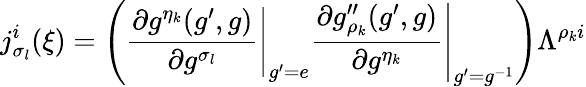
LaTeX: j_{\sigma_{l}}^{i}(\xi)=\left(\left.\frac{\partial g^{\eta_{k}}(g^{\prime},g)}{\partial g^{\sigma_{l}}}\right|_{g^{\prime}=e}\left.\frac{\partial g_{\rho_{k}}^{\prime\prime}(g^{\prime},g)}{\partial g^{\eta_{k}}}\right|_{g^{\prime}=g^{-1}}\right)\Lambda^{\rho_{k}i}